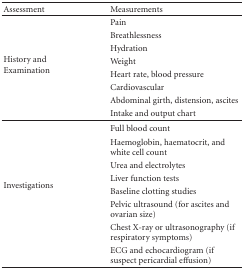
<table><thead><tr><td><b>Assessment</b></td><td><b>Measurements</b></td></tr></thead><tbody><tr><td rowspan="8">History and Examination</td><td>Pain</td></tr><tr><td>Breathlessness</td></tr><tr><td>Hydration</td></tr><tr><td>Weight</td></tr><tr><td>Heart rate, blood pressure</td></tr><tr><td>Cardiovascular</td></tr><tr><td>Abdominal girth, distension, ascites</td></tr><tr><td>Intake and output chart</td></tr><tr><td rowspan="8">Investigations</td><td>Full blood count</td></tr><tr><td>Haemoglobin, haematocrit, and white cell count</td></tr><tr><td>Urea and electrolytes</td></tr><tr><td>Liver function tests</td></tr><tr><td>Baseline clotting studies</td></tr><tr><td>Pelvic ultrasound (for ascites and ovarian size)</td></tr><tr><td>Chest X-ray or ultrasonography (if respiratory symptoms)</td></tr><tr><td>ECG and echocardiogram (if suspect pericardial effusion)</td></tr></tbody></table>